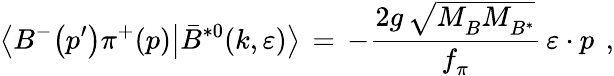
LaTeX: \bigl\langle B^{-}\bigl(p^{\prime}\bigr)\pi^{+}(p)\bigr|\bar{B}^{*0}(k,\varepsilon)\bigr\rangle\, =\, -{\frac{2g\, \sqrt{M_{B}^{}M_{B^{*}}^{}}}{f_{\pi}^{}}}\, \varepsilon\cdot p^{}\, \, ,